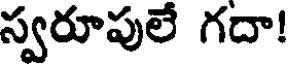
స్వరూపులే గదా!